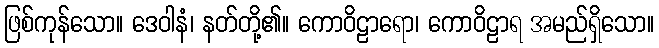
ဖြစ်ကုန်သော။ ဒေဝါနံ၊ နတ်တို့၏။ ကောဝိဠာရော၊ ကောဝိဠာရ အမည်ရှိသော။